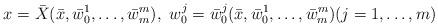
LaTeX: \begin{align*}x=\bar X(\bar x,\bar w^1_0,\ldots,\bar w^m_m),\ w^j_0=\bar w^j_0(\bar x,\bar w^1_0,\ldots,\bar w^m_m)(j=1,\ldots,m)\end{align*}